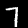
Digit: 7